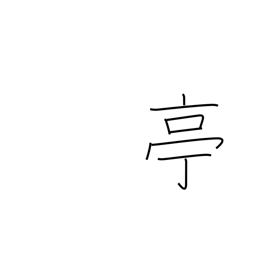
Meaning: stage name